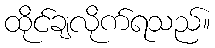
ထိုင်ချလိုက်ရသည်။